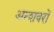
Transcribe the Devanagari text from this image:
अन्शवरों